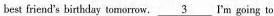
best friend's birthday tomorrow. \underline{3}I'm going to